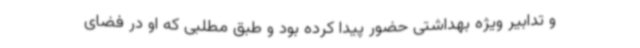
و تدابیر ویژه بهداشتی حضور پیدا کرده بود و طبق مطلبی که او در فضای